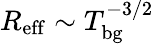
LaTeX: R_{\mathrm{eff}}\sim T_{\mathrm{bg}}^{-3/2}